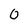
Character: 0